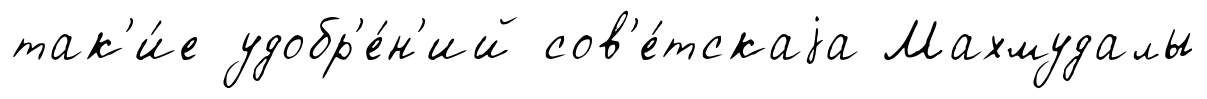
так'и́е удобр'е́н'ий сов'е́тскаjа Махмудалы